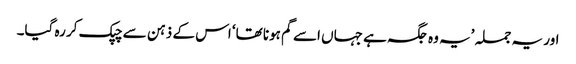
اور یہ جملہ ’یہ وہ جگہ ہے جہاں اسے گم ہونا تھا‘ اس کے ذہن سے چپک کر رہ گیا۔